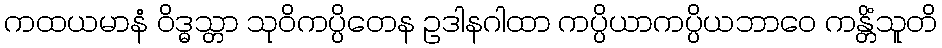
ကထယမာနံ ဝိဒ္ဓသ္တာ သုဝိကပ္ပိတေန ဥဒါနဂါထာ ကပ္ပိယာကပ္ပိယဘာဝေ ကန္တိံသူတိ